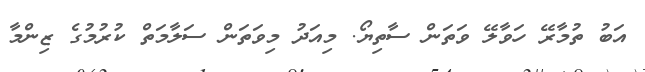
އަބު ތުމާރޭ ހަވާލޭ ވަތަން ސާތިޔޯ. މިއަދު މިވަތަން ސަލާމަތް ކުރުމުގެ ޒިންމާ